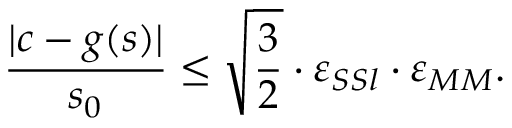
\frac { | c - g ( s ) | } { s _ { 0 } } \leq \sqrt \frac 3 2 \cdot \varepsilon _ { S S l } \cdot \varepsilon _ { M M } .